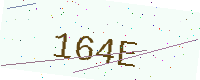
Text: 164E